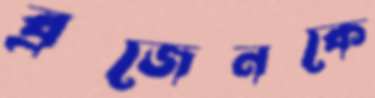
ব্রজেনকে